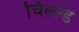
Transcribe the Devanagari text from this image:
चिल्ल्ड